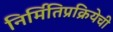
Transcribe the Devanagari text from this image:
निर्मितिप्रक्रियेची